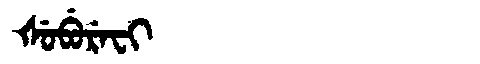
Manchu: ᡧᡠᠪᡠᡵᡝᠸᡳ
Romanization: ŠUBUREFI